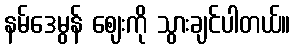
နမ်ဒေမွန် ဈေးကို သွားချင်ပါတယ်။